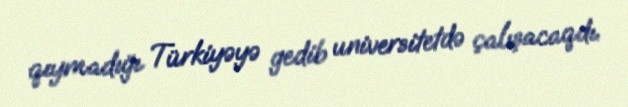
qıymadığı Türkiyəyə gedib universitetdə çalışacaqdı.